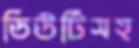
ডিউটিসহ